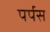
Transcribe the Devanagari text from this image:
पर्पस